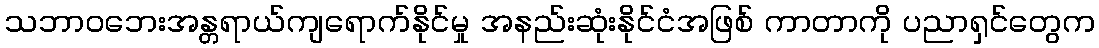
သဘာဝဘေးအန္တရာယ်ကျရောက်နိုင်မှု အနည်းဆုံးနိုင်ငံအဖြစ် ကာတာကို ပညာရှင်တွေက